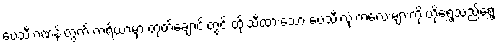
ပေသီးဂဏန်းတွက် ကရိယာမှာ တုတ်ချောင်းတွင် ထိုးသီထားသော ပေသီးလုံးကလေးများကို ဟိုရွှေ့သည်ရွှေ့